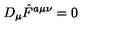
D _ { \mu } \hat { F } ^ { a \mu \nu } = 0